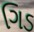
ગિડ